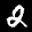
Label: 2